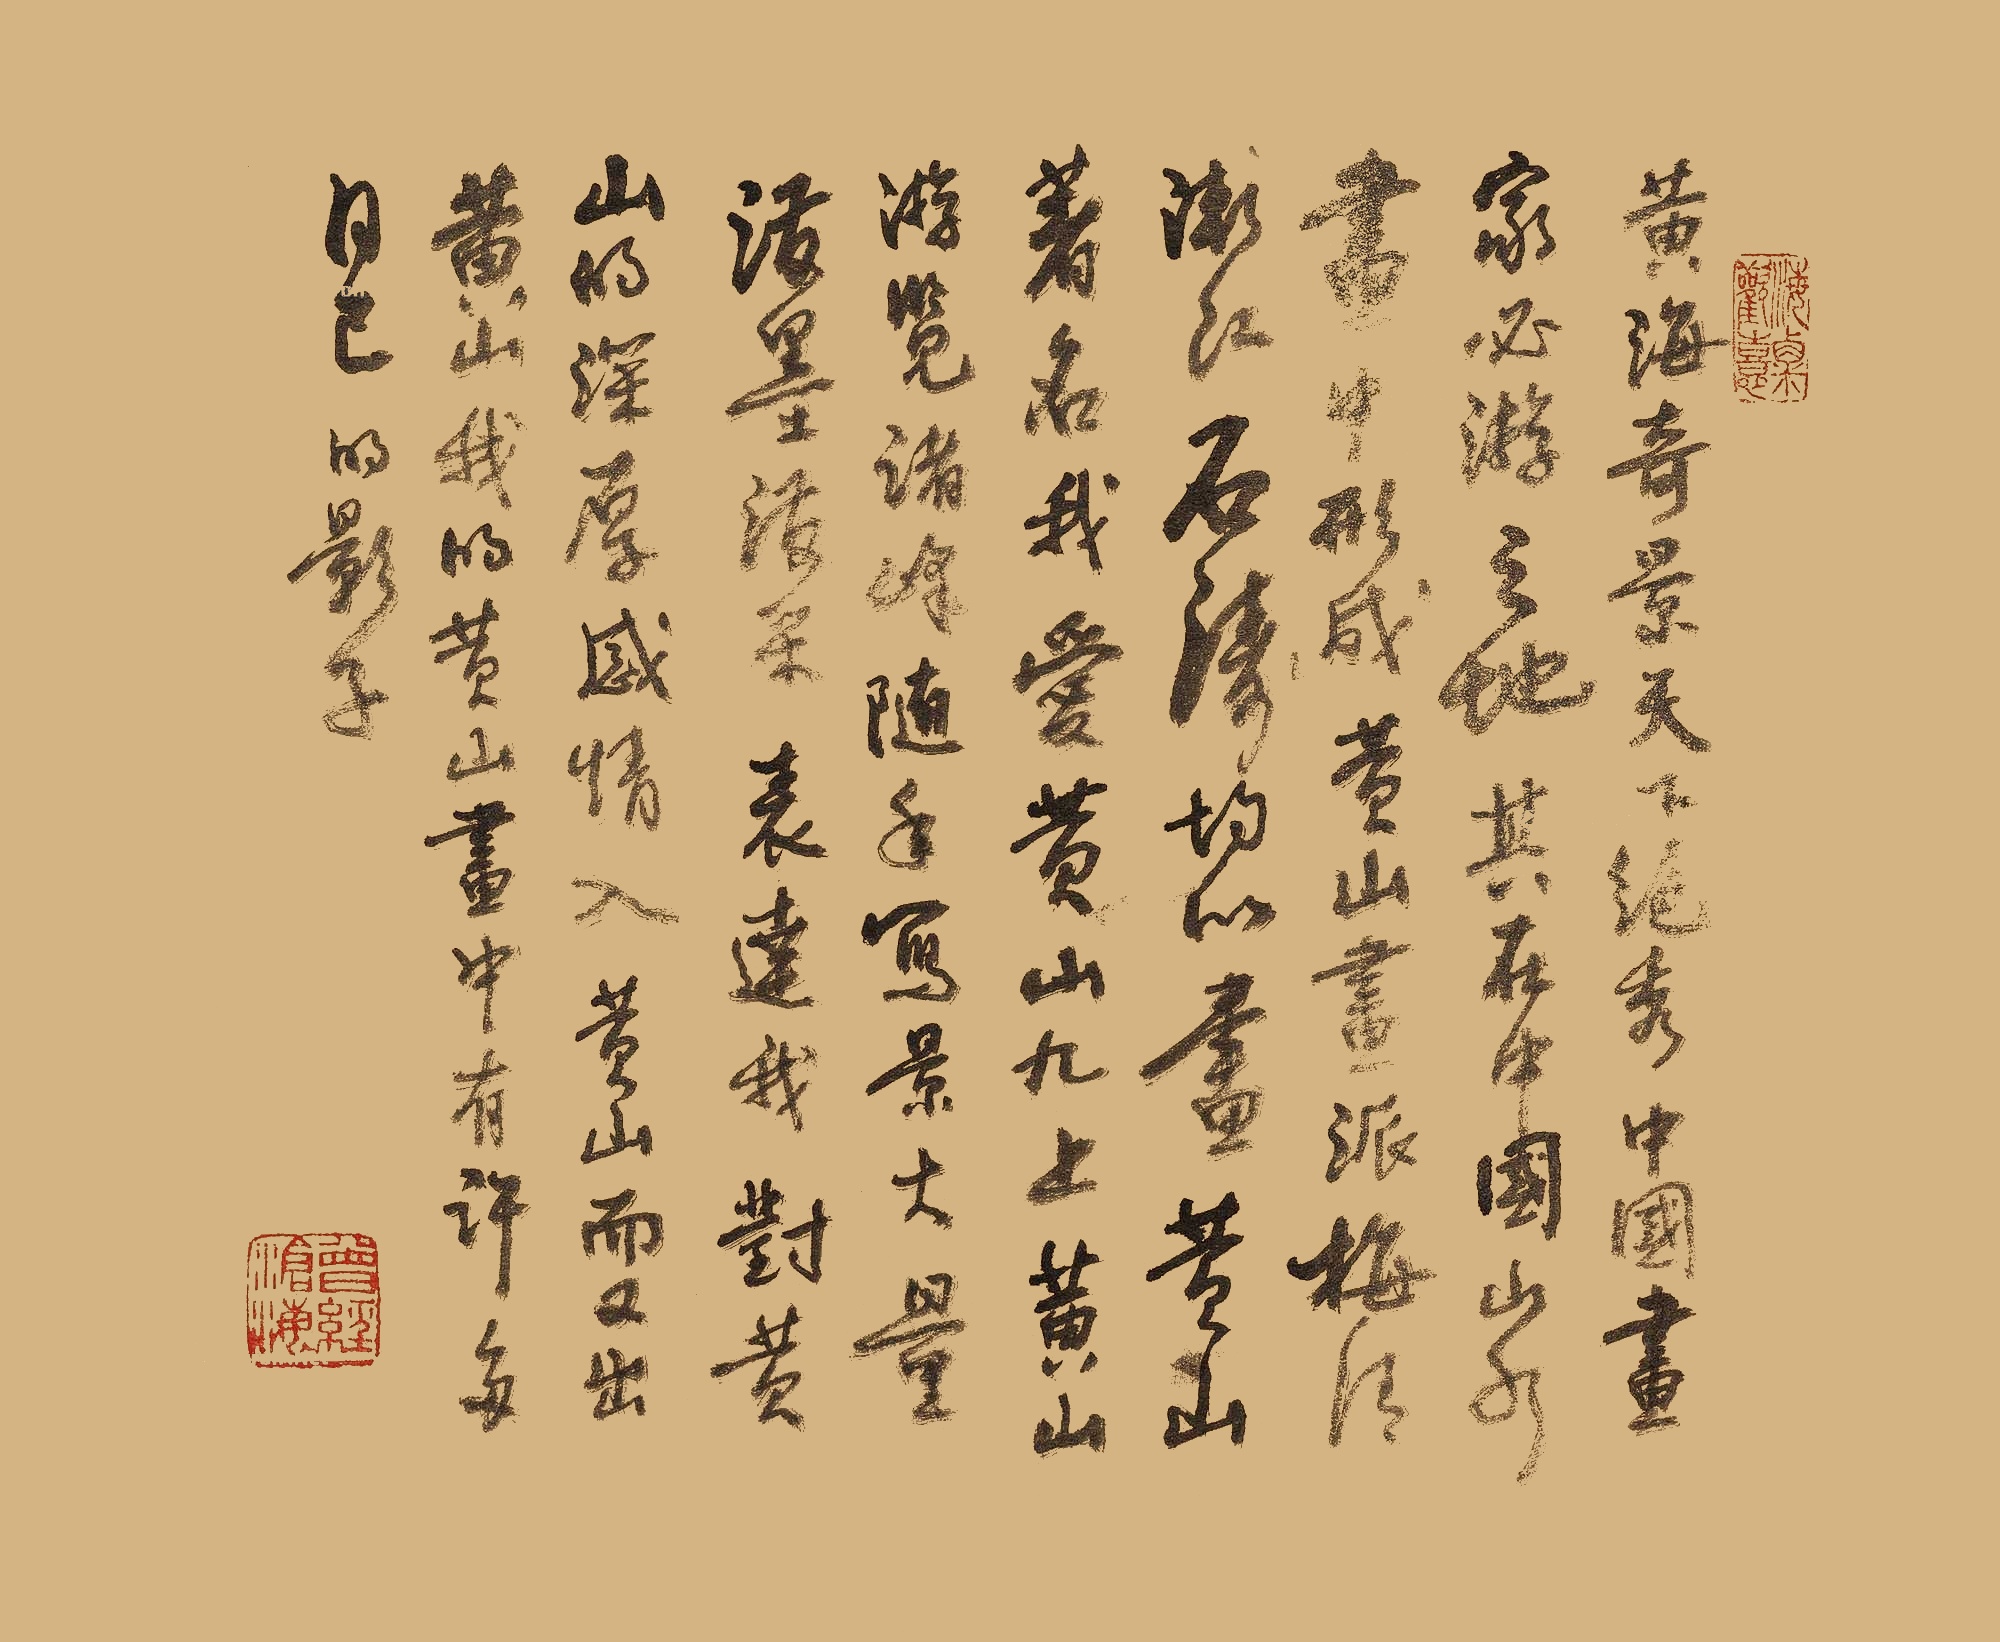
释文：黄海奇景天下绝秀，中国画家必游之地，其在中国山水画中形成黄山画派，梅清、渐江、石涛均以画黄山著名。我爱黄山，九上黄山，游览诸峰，随手写景，大量泼墨泼彩，表达我对黄山的深厚感情，入黄山而又出黄山，我的黄山画中有许多自己的影子。曾经沧海、海粟喜欢